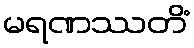
မရဏဿတိံ